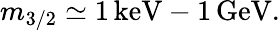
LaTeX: m_{3/2}\simeq 1\, \mathrm{keV}-1\, \mathrm{GeV}.